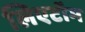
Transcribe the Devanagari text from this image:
लिएटॉम